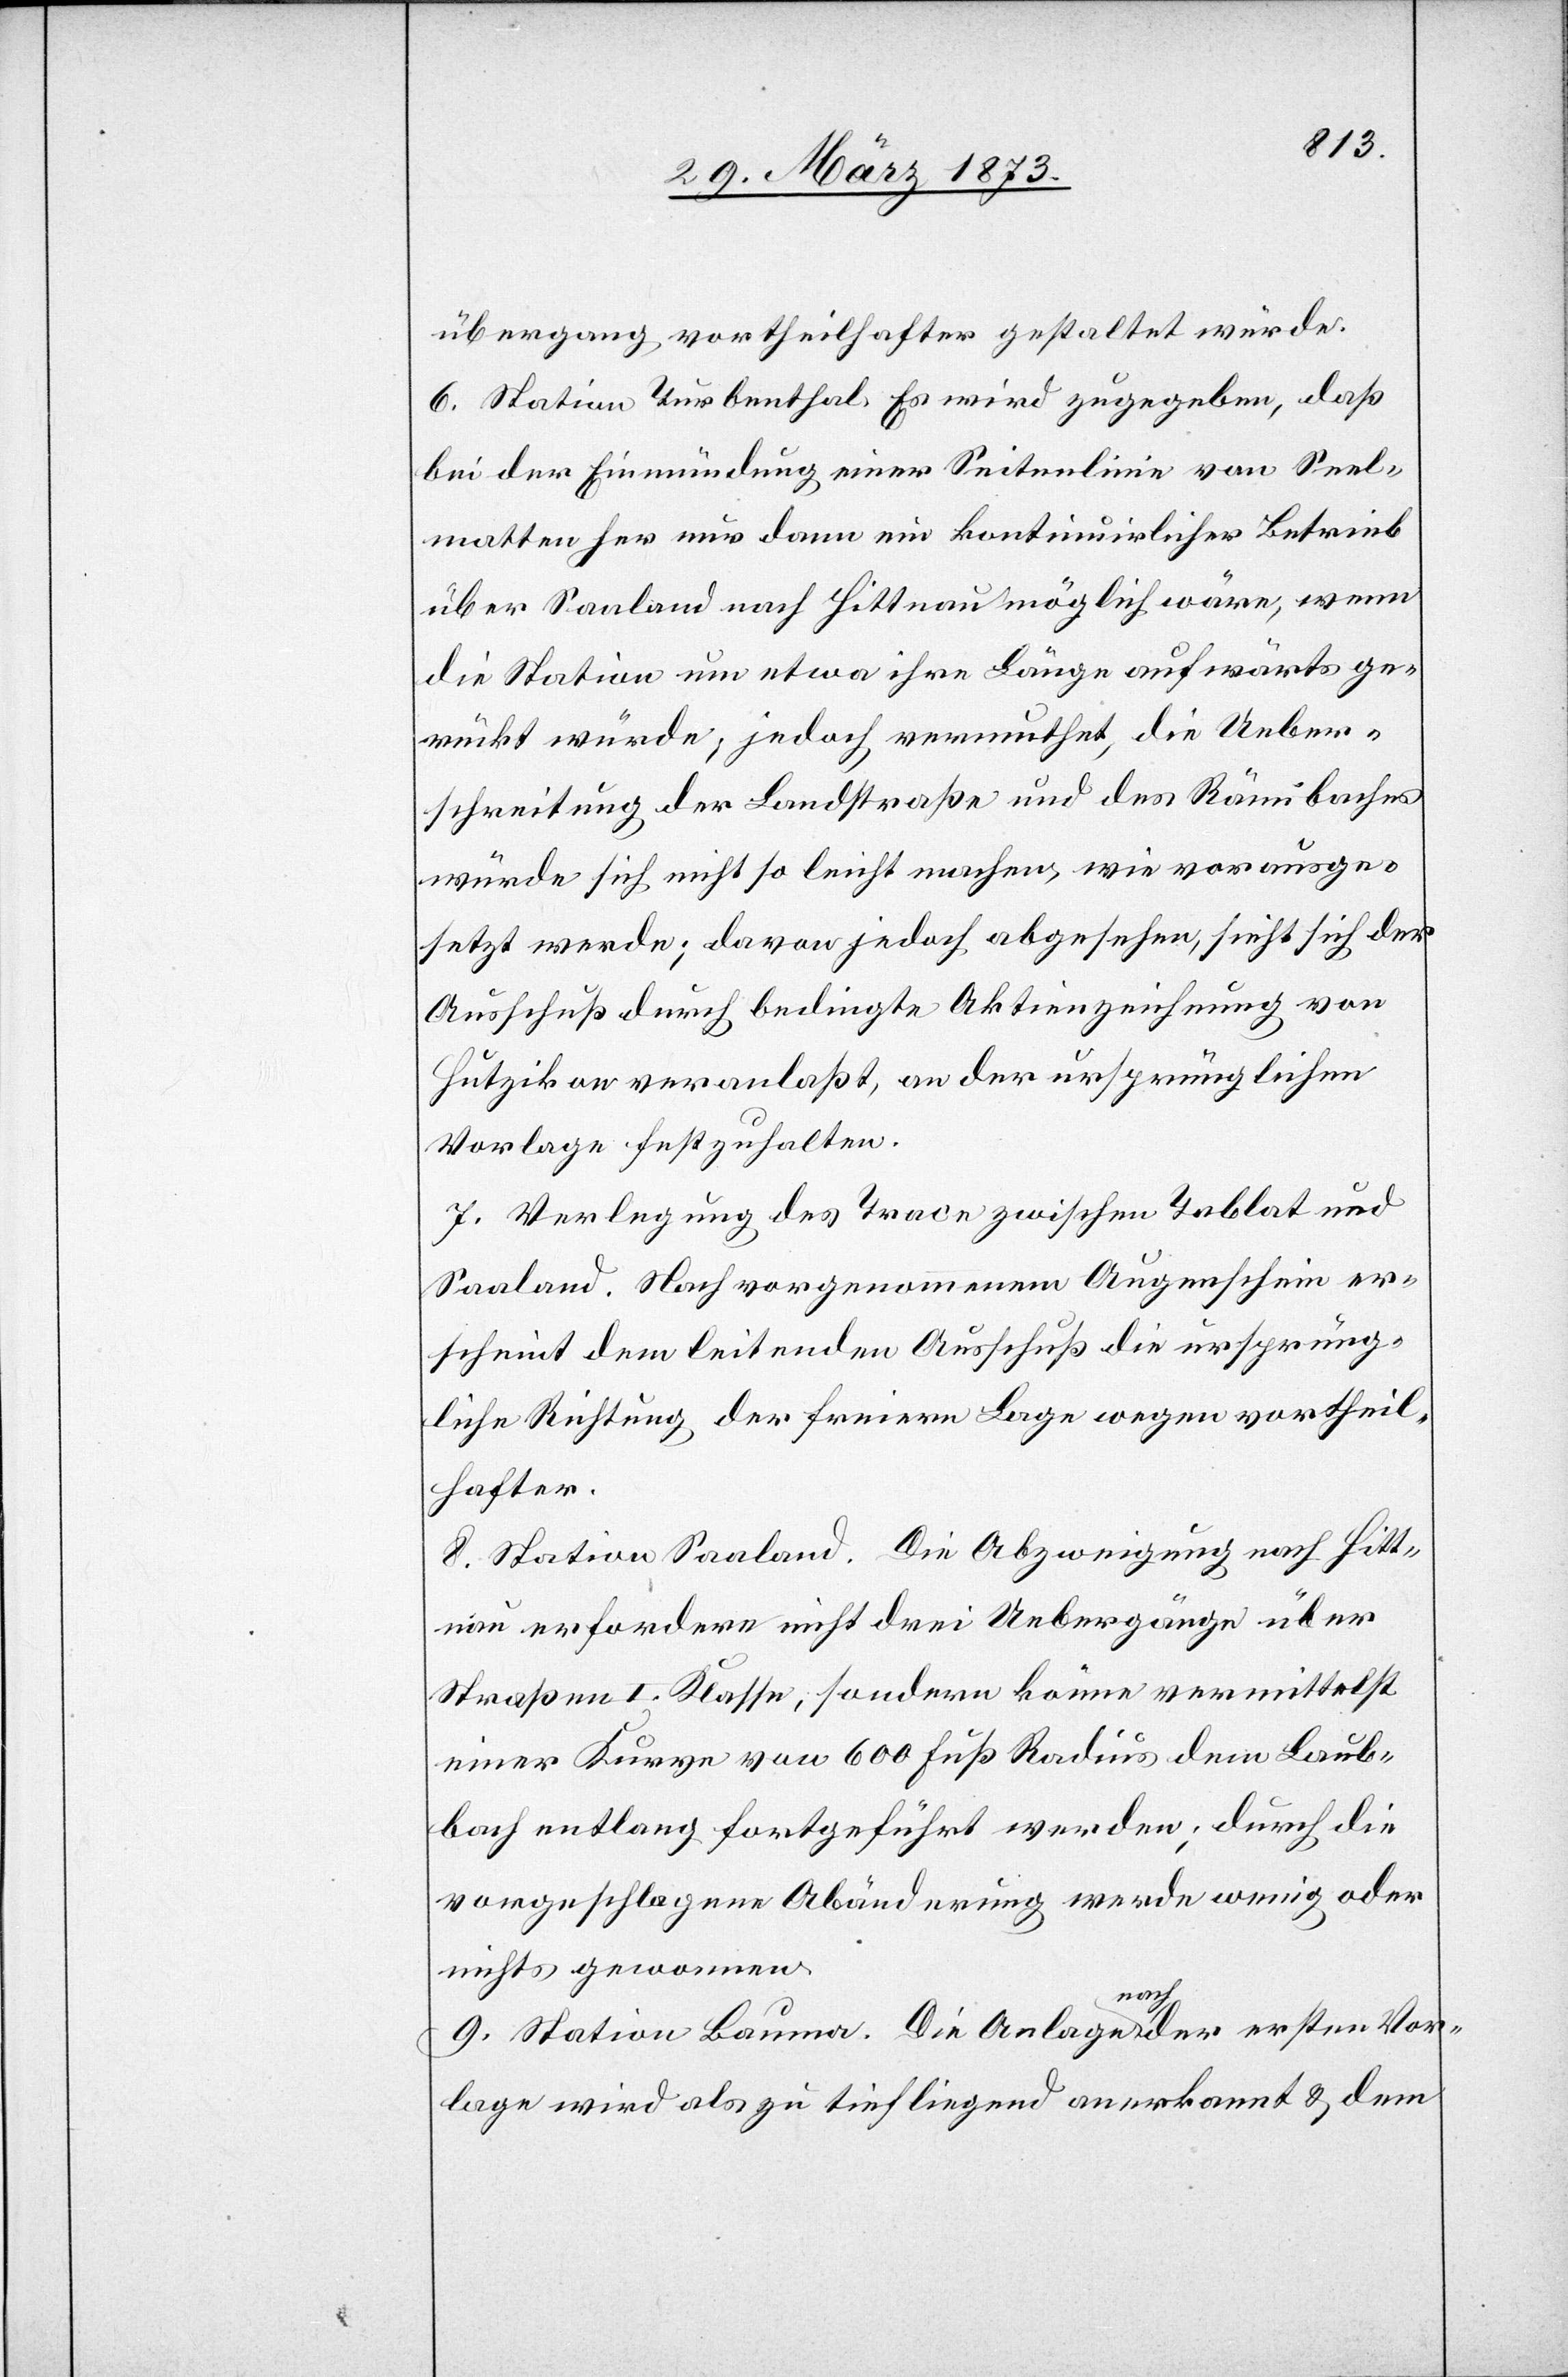
übergang vortheilhafter gestaltet würde.
6. Station Turbenthal. Es wird zugegeben, daß
bei der Einmündung einer Seitenlinie von Seel¬
matten her nur dann ein kontinuirlicher Betrieb
über Saaland nach Hittnau möglich wäre, wenn
die Station um etwa ihre Länge aufwärts ge¬
rückt würde; jedoch vermuthet, die Ueber¬
schreitung der Landstraße und des Rämibaches
würde sich nicht so leicht machen, wie vorausge¬
setzt werde; davon jedoch abgesehen, sieht sich der
Ausschuß durch bedingte Aktienzeichnung von
Hutzikon veranlaßt, an der ursprünglichen
Vorlage festzuhalten.
7. Verlegung des Trace zwischen Tablat und
Saaland. Nach vorgenommenem Augenschein er¬
scheint dem leitenden Ausschuß die ursprüng¬
liche Richtung der freiern Lage wegen vortheil¬
hafter.
8. Station Saaland. Die Abzweigung nach Hitt¬
nau erfordere nicht drei Uebergänge über
Straßen I. Klasse, sondern könne vermittelst
einer Kurve von 600 Fuß Radius dem Laub¬
bach entlang fortgeführt werden; durch die
vorgeschlagene Abänderung werde wenig oder
nichts gewonnen.
9. Station Bauma. Die Anlage nach der ersten Vor¬
lage wird als zu tief liegend anerkannt u. dem